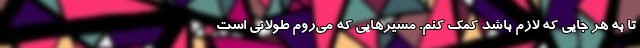
تا به هر جایی که لازم باشد کمک کنم. مسیرهایی که می‌روم طولانی است